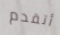
أتقدم